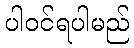
ပါဝင်ရပါမည်